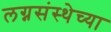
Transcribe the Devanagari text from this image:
लग्नसंस्थेच्या